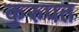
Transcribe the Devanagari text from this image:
कुरुपत